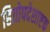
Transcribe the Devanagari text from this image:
हितोपदेशाष्टक